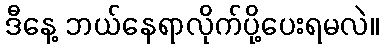
ဒီနေ့ ဘယ်နေရာလိုက်ပို့ပေးရမလဲ။